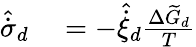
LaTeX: \begin{array}{rl}{\hat{\dot{\sigma}}_{d}}&{{}=-{\hat{\dot{\xi}}_{d}}\frac{\Delta\widetilde{G}_{d}}{T}}\end{array}